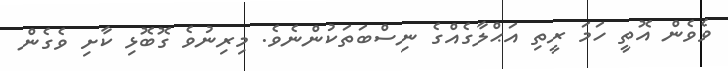
ވެވެން އޮތީ ހަމަ ރީތި އަޙްލާގެއްގެ ނިސްބަތަކުންނެވެ. މިރިނުވެ ގޮބޮޅި ކާށި ވެގެން